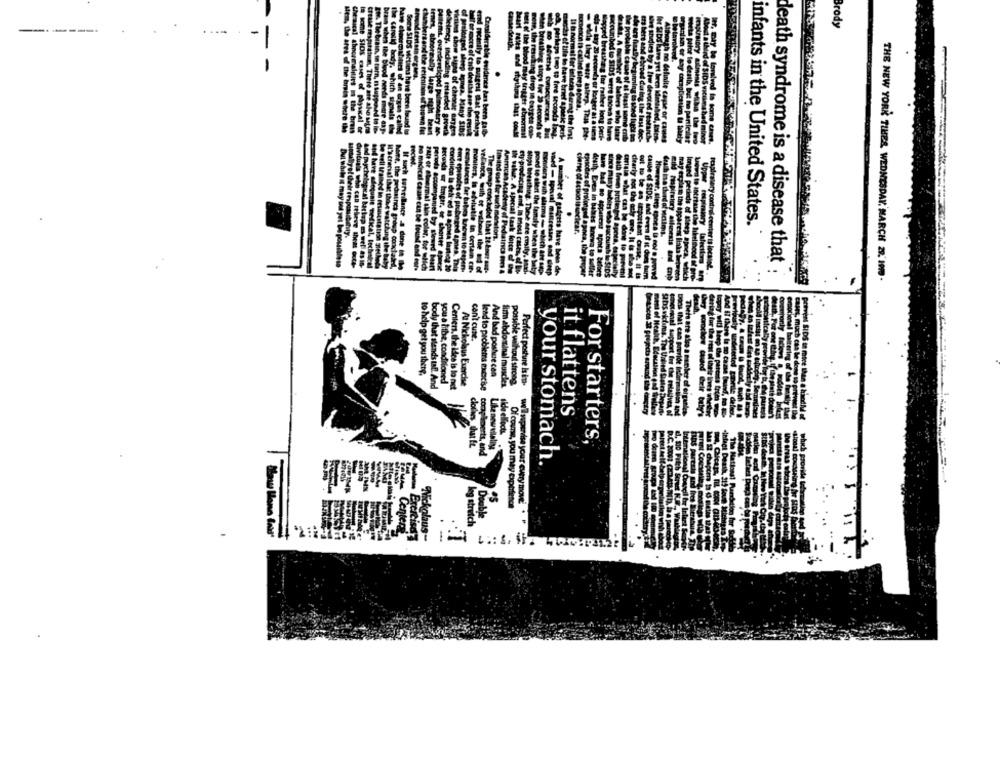
Brody
-------
-
ewidmet
There s
which
definite casse
zed per
advlut
infants in the United States.
Mellmy
atravery control center
death syndrome is a disease that
bep apnea. wh
THE NEW YORK TIMES, WEDNESDAY. MARCH 28. 1970 -
can't cute.
to help get you there,
And bad poshere can
body that stands tal And
you a fitbe, conditioned
Centers, the idea is lo net
At Nickolaus Exercise
lead to problems exercise
fin abdominal muscles.
possible without strong.
Perfect posture is ina-
it flattens
For starters,
your stomach.